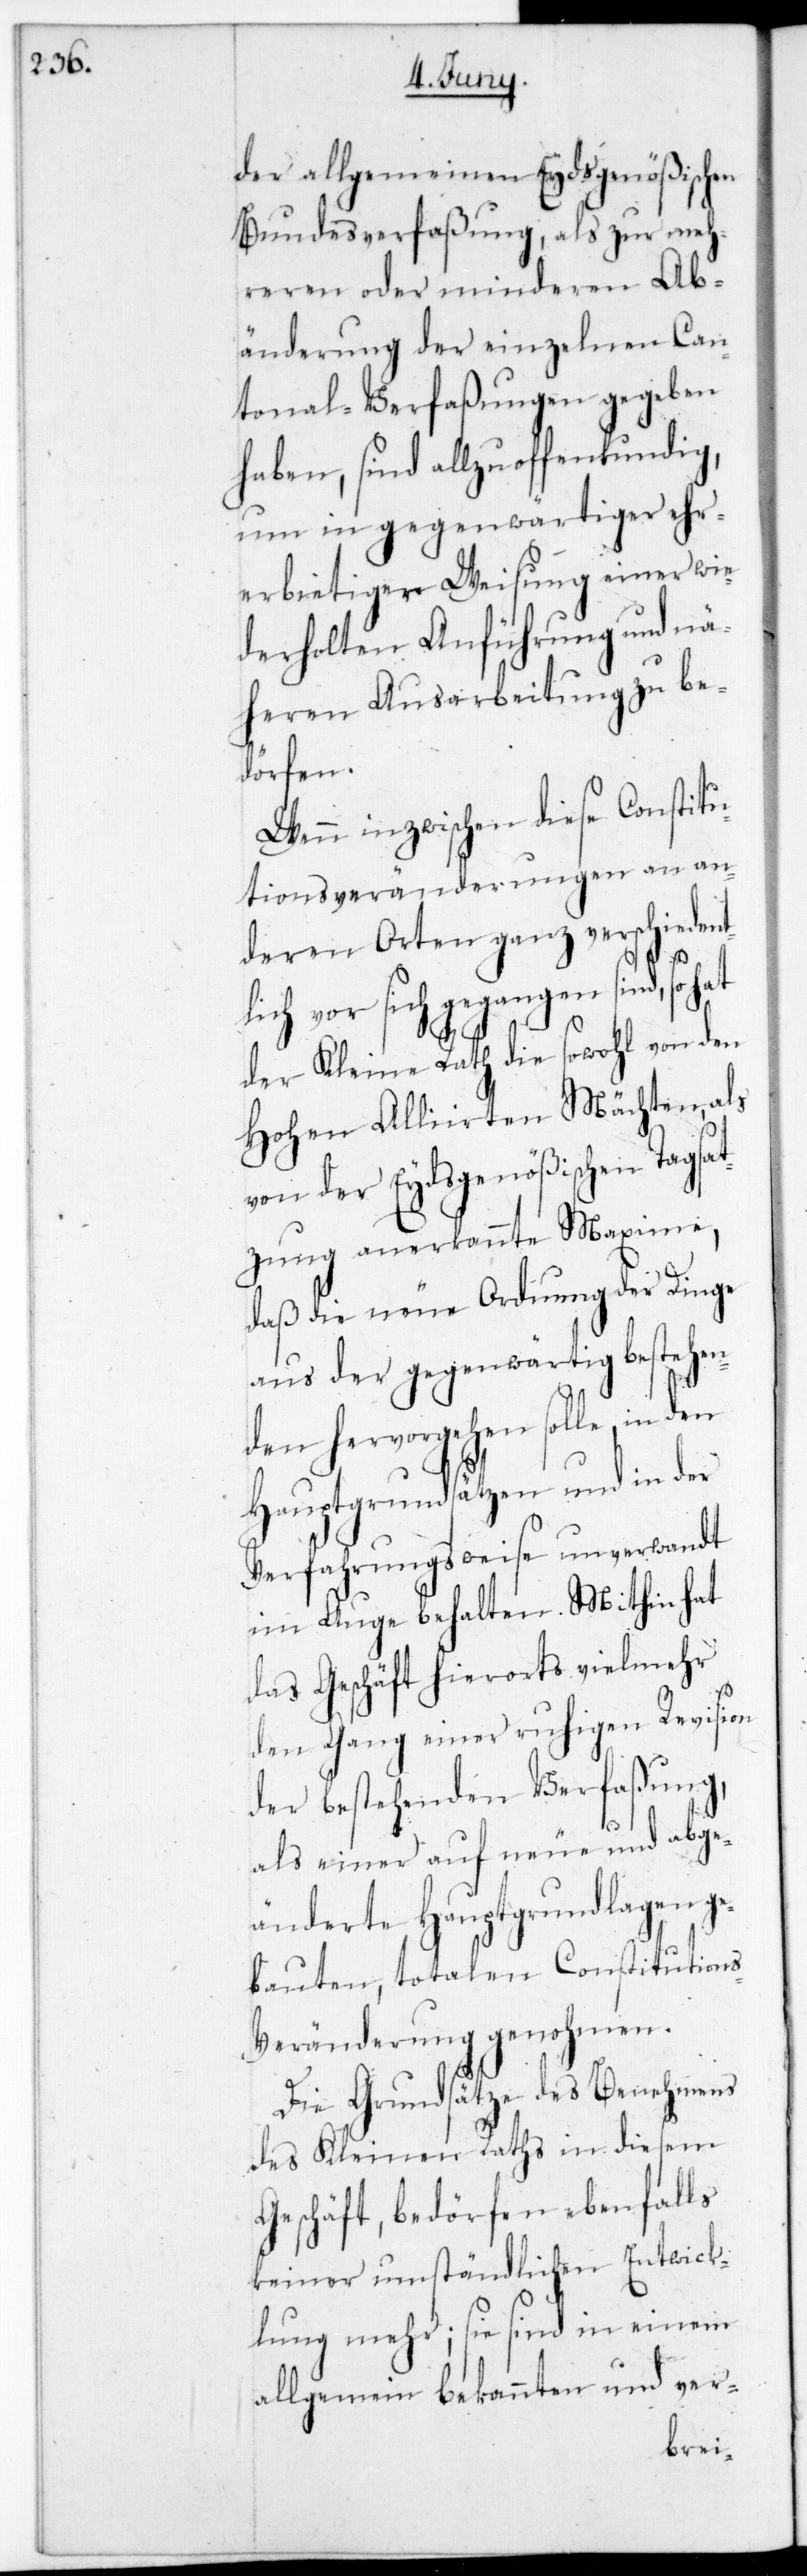
der allgemeinen Eydsgenößischen
Bundesverfaßung, als zur meh¬
reren oder minderen Ab¬
änderung der einzelnen Can¬
tonal-Verfaßungen gegeben
haben, sind allzu offenkundig,
um in gegenwärtiger ehr¬
erbietiger Weisung einer wie¬
derholten Anführung und nä¬
heren Ausarbeitung zu be¬
dörfen.
Wenn inzwischen diese Constitu¬
tionsveränderungen an an¬
deren Orten ganz verschiedent¬
lich vor sich gegangen sind, so
der Kleine Rath die sowohl von den
Hohen Alliirten Mächten als
von der Eydsgenößischen Tagsat¬
zung anerkannte Maxime,
daß die neue Ordnung der Dinge
aus der gegenwärtig bestehen¬
den hervorgehen solle, in den
Hauptgrundsätzen und in der
Verfahrungsweise unverwandt
im Auge behalten. Mithin hat
das Geschäft hierorts vielmehr
den Gang einer ruhigen Revision
der bestehenden Verfaßung,
als einer auf neue und abge¬
änderete Hauptgrundlagen g¬
ebauten, totalen Constitution¬
s-Veränderung genohmen.
Die Grundsätze des Benehmens
des Kleinen Raths in diesem
Geschäft, bedörfen ebenfalls
keiner umständlichen Entwick¬
lung mehr; sie sind in einem
allgemein bekannten und ver-